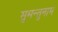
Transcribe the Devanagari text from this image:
सुमन्तुनाम